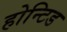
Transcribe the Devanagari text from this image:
होन्टिड